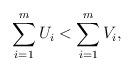
LaTeX: \begin{align*} \sum_{i=1}^mU_i < \sum_{i=1}^mV_i, \end{align*}